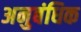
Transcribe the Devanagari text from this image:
अनुबंधिक